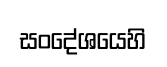
සංදේශයෙහි